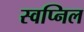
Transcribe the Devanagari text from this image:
स्‍वप्निल